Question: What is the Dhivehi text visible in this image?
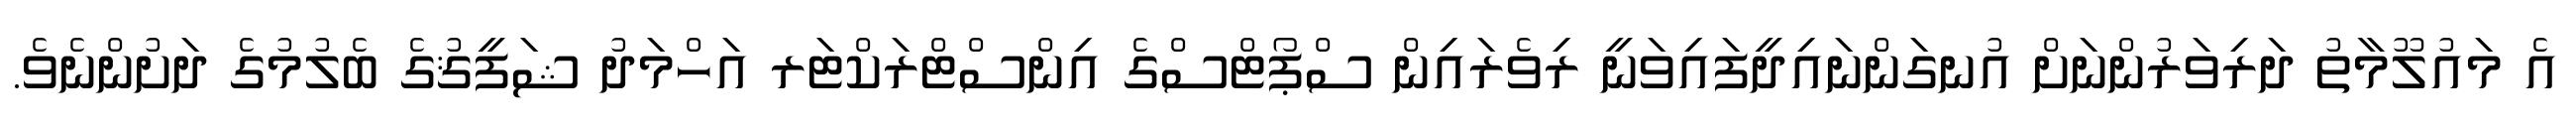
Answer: އެ މައުލޫމާތު ދަރިވަރުންނަށް އުނގަންނައިދީފައިވަނީ ރިވެރައިން ސްޕޯޓްސްގެ އިންސްޓްރަކްޓަރ އަހްމަދު ޝަފީޤުގެ ބެލުމުގެ ދަށުންނެވެ.